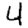
Digit: 4